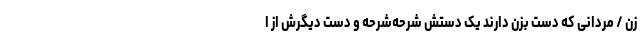
زن / مردانی که دستِ بزن دارند یک دستش شرحه‌‌شرحه و دست دیگرش از ا